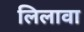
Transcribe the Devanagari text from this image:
लिलावा